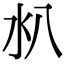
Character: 𣱺